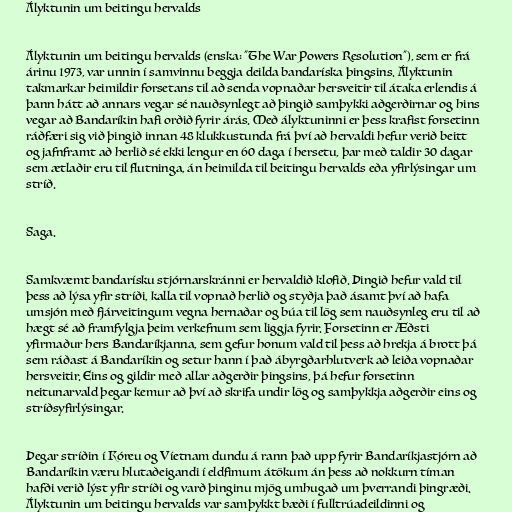
Ályktunin um beitingu hervalds

Ályktunin um beitingu hervalds (enska: "The War Powers Resolution"), sem er frá
árinu 1973, var unnin í samvinnu beggja deilda bandaríska þingsins. Ályktunin
takmarkar heimildir forsetans til að senda vopnaðar hersveitir til átaka erlendis á
þann hátt að annars vegar sé nauðsynlegt að þingið samþykki aðgerðirnar og hins
vegar að Bandaríkin hafi orðið fyrir árás. Með ályktuninni er þess krafist forsetinn
ráðfæri sig við þingið innan 48 klukkustunda frá því að hervaldi hefur verið beitt
og jafnframt að herlið sé ekki lengur en 60 daga í hersetu, þar með taldir 30 dagar
sem ætlaðir eru til flutninga, án heimilda til beitingu hervalds eða yfirlýsingar um
stríð.

Saga.

Samkvæmt bandarísku stjórnarskránni er hervaldið klofið. Þingið hefur vald til
þess að lýsa yfir stríði, kalla til vopnað herlið og styðja það ásamt því að hafa
umsjón með fjárveitingum vegna hernaðar og búa til lög sem nauðsynleg eru til að
hægt sé að framfylgja þeim verkefnum sem liggja fyrir. Forsetinn er Æðsti
yfirmaður hers Bandaríkjanna, sem gefur honum vald til þess að hrekja á brott þá
sem ráðast á Bandaríkin og setur hann í það ábyrgðarhlutverk að leiða vopnaðar
hersveitir. Eins og gildir með allar aðgerðir þingsins, þá hefur forsetinn
neitunarvald þegar kemur að því að skrifa undir lög og samþykkja aðgerðir eins og
stríðsyfirlýsingar.

Þegar stríðin í Kóreu og Víetnam dundu á rann það upp fyrir Bandaríkjastjórn að
Bandaríkin væru hlutaðeigandi í eldfimum átökum án þess að nokkurn tíman
hafði verið lýst yfir stríði og varð þinginu mjög umhugað um þverrandi þingræði.
Ályktunin um beitingu hervalds var samþykkt bæði í fulltrúadeildinni og